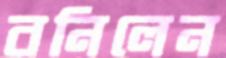
বনিলেন